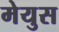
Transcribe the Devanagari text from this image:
मेयुस